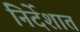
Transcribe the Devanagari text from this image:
निर्देशात